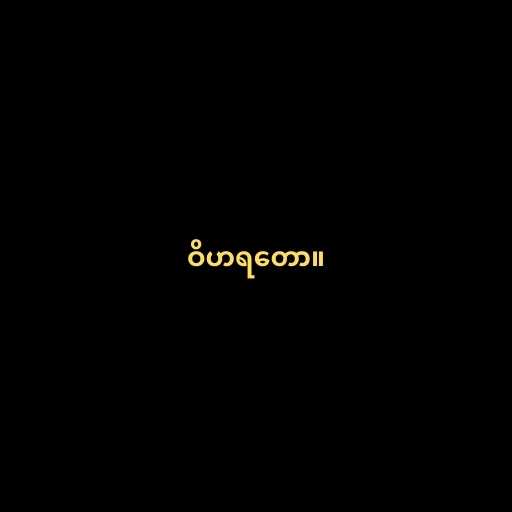
ဝိဟရတော။